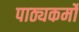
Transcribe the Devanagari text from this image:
पाठ्यकर्मों